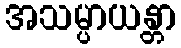
အသမ္ပာယန္တာ